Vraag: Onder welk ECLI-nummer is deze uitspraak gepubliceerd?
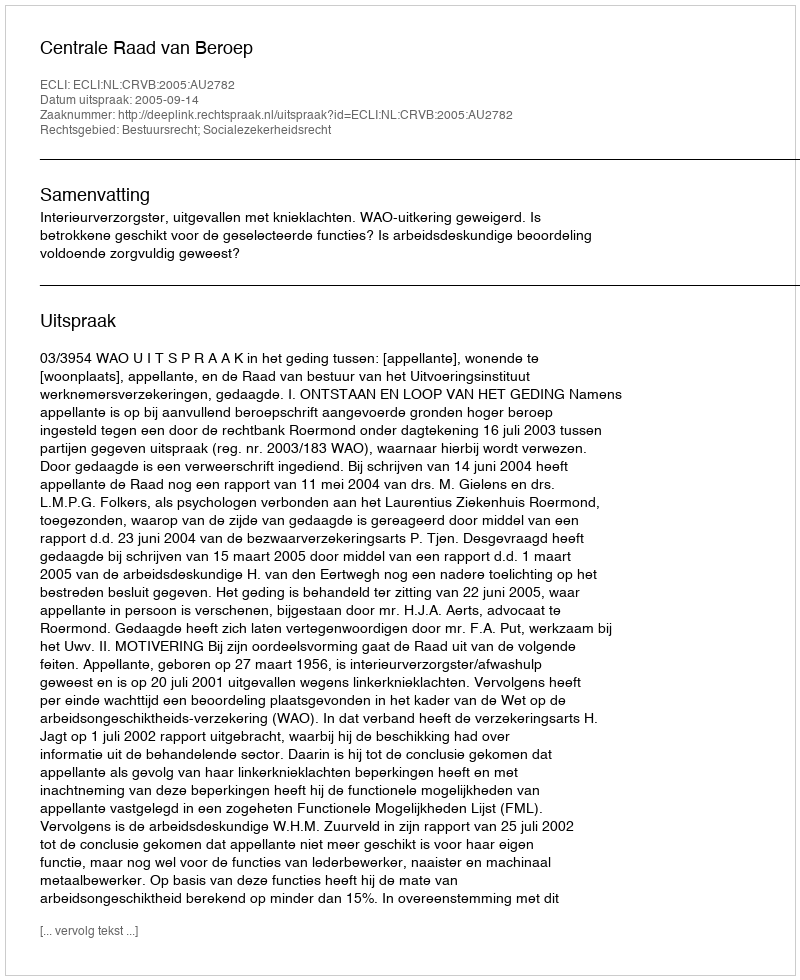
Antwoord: ECLI:NL:CRVB:2005:AU2782